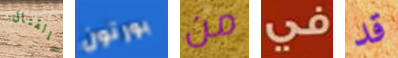
بالقتال بورتون من في قد